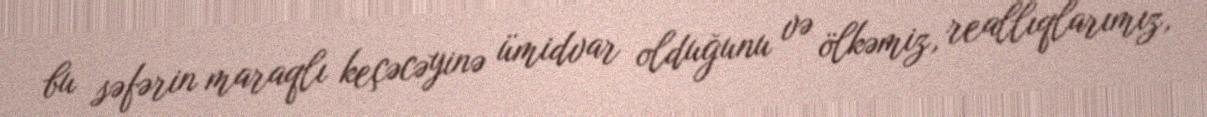
bu səfərin maraqlı keçəcəyinə ümidvar olduğunu və ölkəmiz, reallıqlarımız,